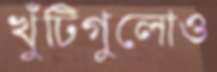
খুঁটিগুলোও